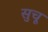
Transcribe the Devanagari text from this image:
सुचू